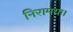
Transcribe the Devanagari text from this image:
निरामया।